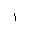
Letter: _alif